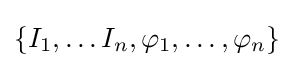
\{I_{1},\dots I_{n},\varphi _{1},\dots ,\varphi _{n}\}